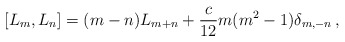
\begin{align*}[L_m,L_n]=(m-n)L_{m+n}+{c\over 12}m(m^2-1)\delta_{m,-n}\,,\end{align*}